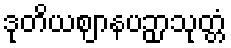
ဒုတိယဈာနပဉှာသုတ္တံ